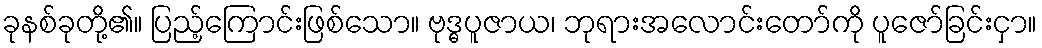
ခုနစ်ခုတို့၏။ ပြည့်ကြောင်းဖြစ်သော။ ဗုဒ္ဓပူဇာယ၊ ဘုရားအလောင်းတော်ကို ပူဇော်ခြင်းငှာ။